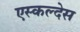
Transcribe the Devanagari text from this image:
एस्कल्देस